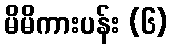
မိမိကားပန်း (၆)